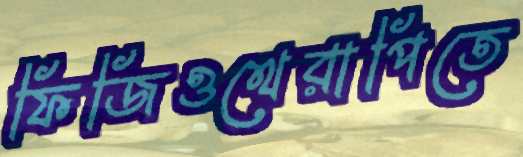
ফিজিওথেরাপিতে